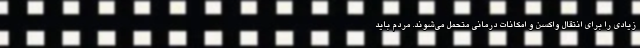
زیادی را برای انتقال واکسن و امکانات درمانی متحمل می‌شوند. مردم باید